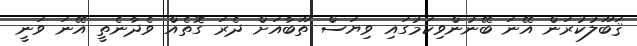
ޤަބޫލުކުރަން އޭނަ ބޭނުންވިކަމުގައި ވިޔަސް ތޫބާއަށް ދެރަ ގޮތެއް ވެދާނެތީ އޭނަ ވަނީ